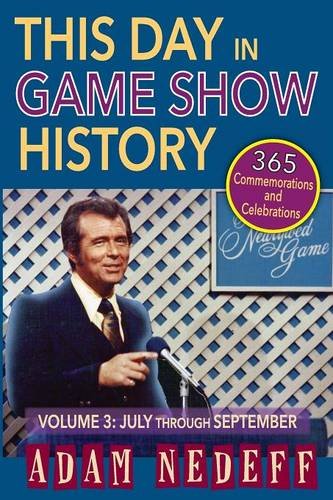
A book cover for This Day in Game Show History- 365 Commemorations and Celebrations, Vol. 3: July Through September; Adam Nedeff; Humor & Entertainment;